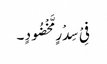
فِیْ سِدْرٍ مَّخْضُودٍ ۔